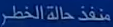
منذّ حالة الخطر